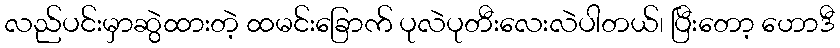
လည်ပင်းမှာဆွဲထားတဲ့ ထမင်းခြောက် ပုလဲပုတီးလေးလဲပါတယ်၊ ပြီးတော့ ဟောဒီ